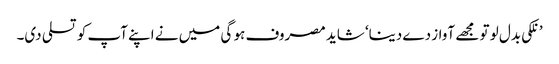
’ نلکی بدل لو تو مجھے آواز دے دینا‘ شاید مصروف ہو گی میں نے اپنے آپ کو تسلی دی۔